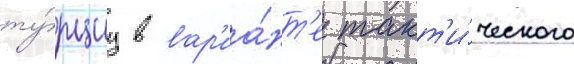
ту́рциу в вар'иа́нт'е такт'и́ческого